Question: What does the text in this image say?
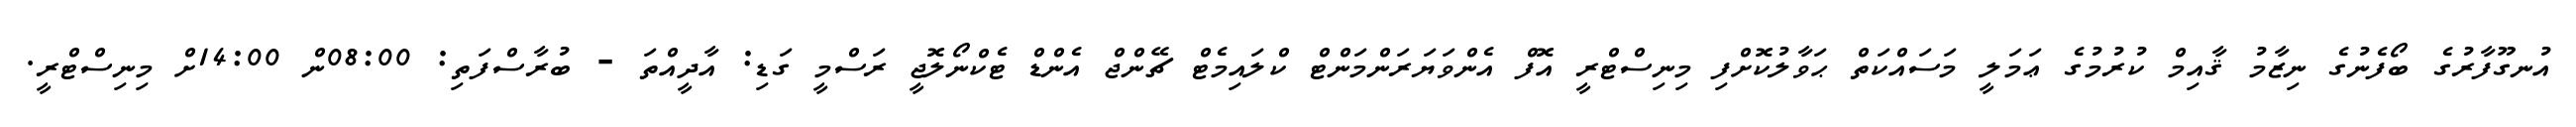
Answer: އުނގޫފާރުގެ ބޯފެނުގެ ނިޒާމު ޤާއިމް ކުރުމުގެ ޢަމަލީ މަސައްކަތް ޙަވާލުކޮށްފި މިނިސްޓްރީ އޮފް އެންވަޔަރަންމަންޓް ކްލައިމެޓް ޗޭންޖް އެންޑް ޓެކްނޯލޮޖީ ރަސްމީ ގަޑި: އާދީއްތަ - ބުރާސްފަތި: 08:00ން 14:00ށް މިނިސްޓްރީ.